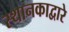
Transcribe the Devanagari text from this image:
स्थानकाद्वारे